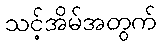
သင့်အိမ်အတွက်